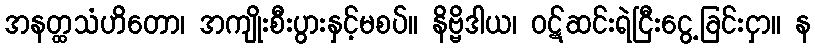
အနတ္ထသံဟိတော၊ အကျိုးစီးပွားနှင့်မစပ်။ နိဗ္ဗိဒါယ၊ ဝဋ်ဆင်းရဲငြီးငွေ့ခြင်းငှာ။ န